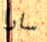
سارا